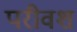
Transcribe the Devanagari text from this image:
परीवश